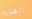
القذره